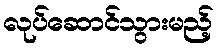
လုပ်ဆောင်သွားမည့်